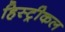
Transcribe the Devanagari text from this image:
हिस्ट्रीकल